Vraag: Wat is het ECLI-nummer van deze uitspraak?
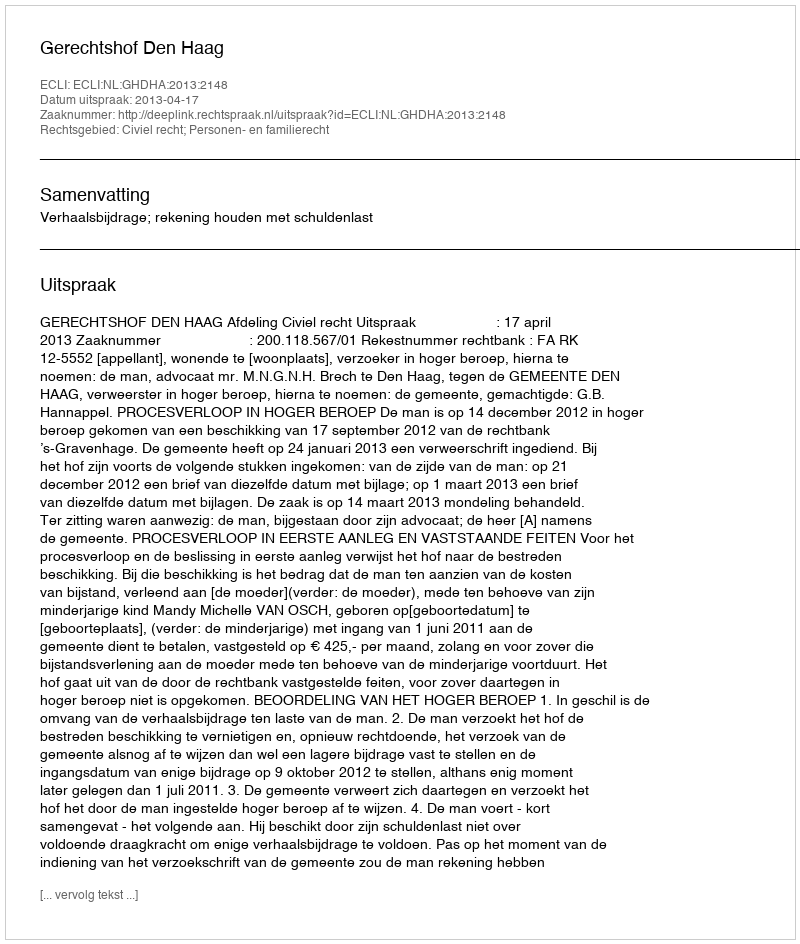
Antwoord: ECLI:NL:GHDHA:2013:2148